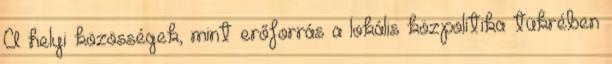
A helyi közösségek, mint erőforrás a lokális közpolitika tükrében